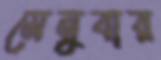
মেনুবার